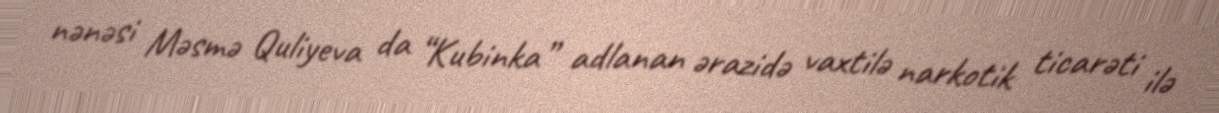
nənəsi Məsmə Quliyeva da “Kubinka” adlanan ərazidə vaxtilə narkotik ticarəti ilə